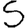
Digit: 5